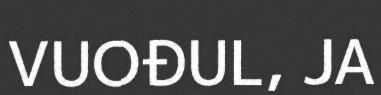
VUOĐUL, JA